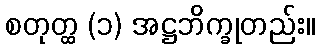
စတုတ္ထ (၁) အဋ္ဌဘိက္ခုတည်း။